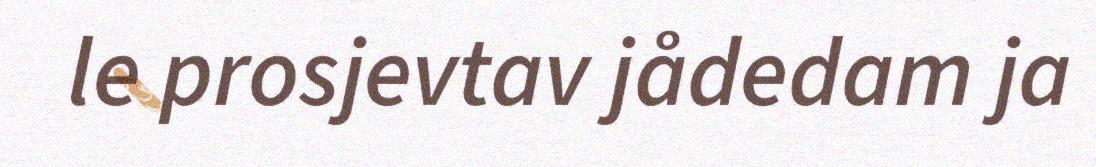
le prosjevtav jådedam ja